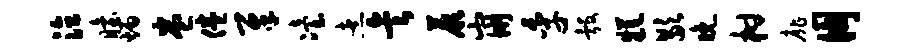
泣眙炳卷倦犀冶煮矣蕨崩季彀糕歇晚柑扉朋